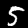
Label: 5